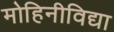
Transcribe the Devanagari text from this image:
मोहिनीविद्या